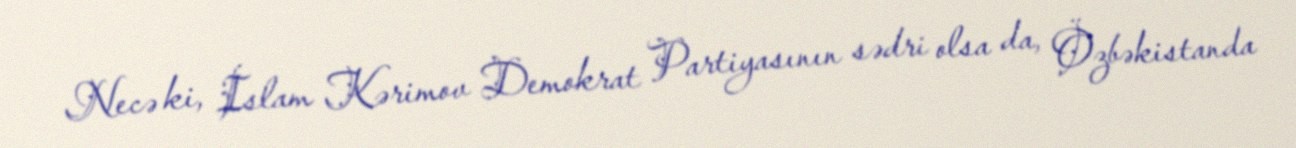
Necə ki, İslam Kərimov Demokrat Partiyasının sədri olsa da, Özbəkistanda